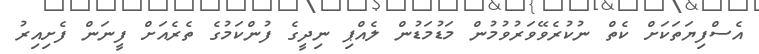
އެސްފިޔަތަކަށް ކެތް ނުކުރެވޭވަރުވުމުން މަޑުމަޑުން ލެއްޕި ނިދީގެ ފުންކަމުގެ ތެރެއަށް ފީނަން ފެށިއިރު